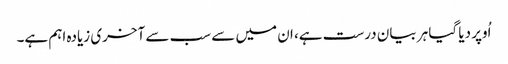
اُوپر دیا گیا ہر بیان درست ہے، ان میں سے سب سے آخری زیادہ اہم ہے۔